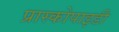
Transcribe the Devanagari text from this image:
प्रास्कोपाइडी